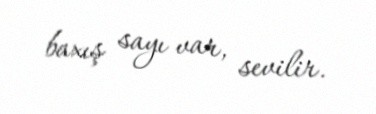
baxış sayı var, sevilir.